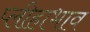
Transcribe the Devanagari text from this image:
प्लीहाभाव